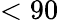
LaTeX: <90